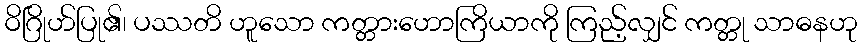
ဝိဂြိုဟ်ပြု၏၊ ပဿတိ ဟူသော ကတ္တားဟောကြိယာကို ကြည့်လျှင် ကတ္တု သာဓနဟု